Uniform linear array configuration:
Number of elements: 16
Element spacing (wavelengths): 0.5
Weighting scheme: blackman
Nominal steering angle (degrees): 45
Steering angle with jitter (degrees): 44.447
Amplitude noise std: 0.05
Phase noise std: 0.05

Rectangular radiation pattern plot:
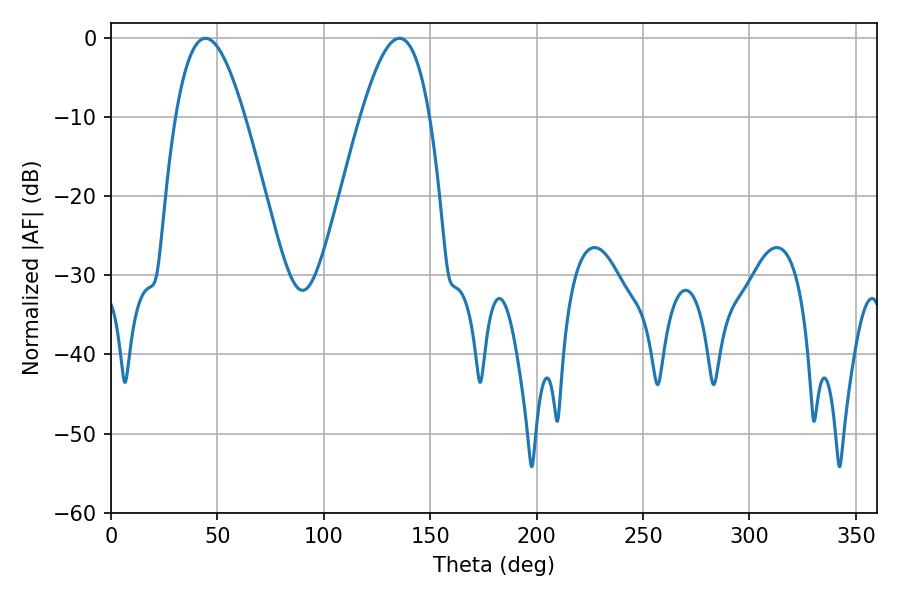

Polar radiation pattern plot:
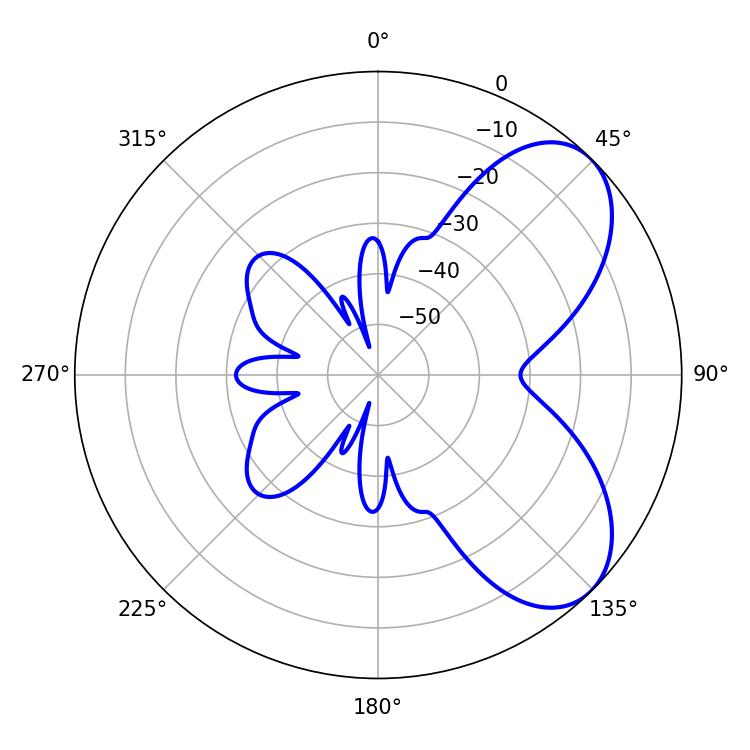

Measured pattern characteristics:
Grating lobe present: FALSE
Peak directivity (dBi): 6.262
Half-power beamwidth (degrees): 17.46
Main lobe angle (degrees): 44.46